Lunatic asylums Madras 1877-1891 - 1877-1891
Year: 1877
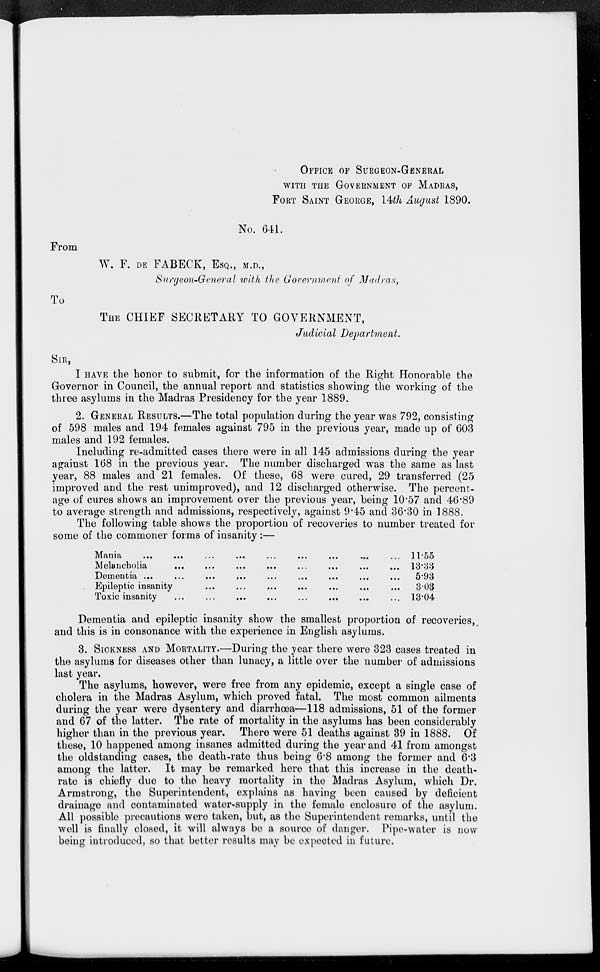
OFFICE OF SURGEON-GENERAL
WITH THE GOVERNMENT OF MADRAS,
FORT SAINT GEORGE,14th August 1890.
No. 641.
From
W. F. DE FABECK, ESQ., M.D.,
Surgeon-General with the Government of Madras,
To
THE CHIEF SECRETARY TO GOVERNMENT,
Judicial Department.
SIR,
I HAVE the honor to submit, for the information of the Right Honorable the
Governor in Council, the annual report and statistics showing the working of the
three asylums in the Madras Presidency for the year 1889.
2. GENERAL RESULTS.—The total population during the year was 792, consisting
of 598 males and 194 females against 795 in the previous year, made up of 603
males and 192 females.
Including re-admitted cases there were in all 145 admissions during the year
against 168 in the previous year. The number discharged was the same as last
year, 88 males and 21 females. Of these, 68 were cured, 29 transferred (25
improved and the rest unimproved), and 12 discharged otherwise. The percent-
age of cures shows an improvement over the previous year, being 10.57 and 46.89
to average strength and admissions, respectively, against 9.45 and 36.30 in 1888.
The following table shows the proportion of recoveries to number treated for
some of the commoner forms of insanity:—
Mania ... ... ... ... ... ... ... ... ... ... ... ...
Melancholia ... ...
...
...
...
...
...
...
... ... ...
Dementia
...
...
...
...
...
...
...
...
...
...
...
Epileptic insanity ... ... ... ... ... ... ... ... ... ...
Toxic insanity ... ... ... ... ... ... ... ... ... ...
11.55
13.33
5.93
3.03
13.04
Dementia and epileptic insanity show the smallest proportion of recoveries,
and this is in consonance with the experience in English asylums.
3. SICKNESS AND MORTALITY.—During the year there were 323 cases treated in
the asylums for diseases other than lunacy, a little over the number of admissions
last year.
The asylums, however, were free from any epidemic, except a single case of
cholera in the Madras Asylum, which proved fatal. The most common ailments
during the year were dysentery and diarrhœa—118 admissions, 51 of the former
and 67 of the latter. The rate of mortality in the asylums has been considerably
higher than in the previous year. There were 51 deaths against 39 in 1888. Of
these, 10 happened among insanes admitted during the year and 41 from amongst
the oldstanding cases, the death-rate thus being 6.8 among the former and 6.3
among the latter. It may be remarked here that this increase in the death-
rate is chiefly due to the heavy mortality in the Madras Asylum, which Dr.
Armstrong, the Superintendent, explains as having been caused by deficient
drainage and contaminated water-supply in the female enclosure of the asylum.
All possible precautions were taken, but, as the Superintendent remarks, until the
well is finally closed, it will always be a source of danger. Pipe-water is now
being introduced, so that better results may be expected in future.